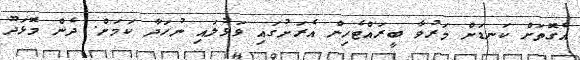
އެގޮތަށް ކަނޑަށް މަރުވާ ބީރައްޓެހިން އެރަށުގައި ވަޅުލައި ނުހަދާ ކަމަށް. ދެން މޮޅަދޫ